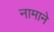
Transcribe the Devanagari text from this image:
नामाने